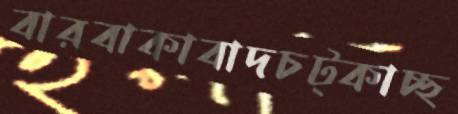
বারবাকাবাদচট্‌কাচ্ছ